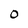
Character: 0